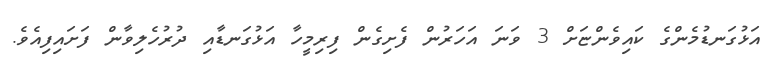
އަޅުގަނޑުމެންގެ ކައިވެންޏަށް 3 ވަނަ އަހަރުން ފެށިގެން ފިރިމީހާ އަޅުގަނޑާއި ދުރުހެލިވާން ފަށައިފިއެވެ.